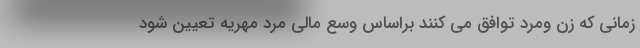
زمانی که زن و‌مرد توافق می کنند براساس وسع مالی مرد مهریه تعیین شود